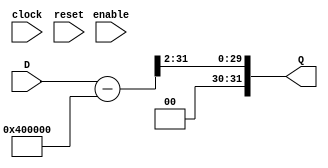
module programCounter_decode #(parameter LENGTH = 32)(
	input clock,reset,enable,
	input [LENGTH-1:0]D,
	output reg [LENGTH-1:0]Q
	);

initial 
	begin
		Q <= 32'h00000000;
	end
	
always @*
//	begin
//		if(reset) 
//            Q <= 32'h00000000;
//        else
//			if(enable)
				Q <= (D - 'h400000) >> 2;
//				else
//					Q <= Q;
//	end

endmodule